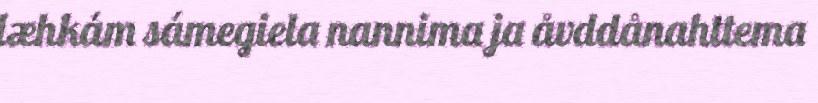
læhkám sámegiela nannima ja åvddånahttema